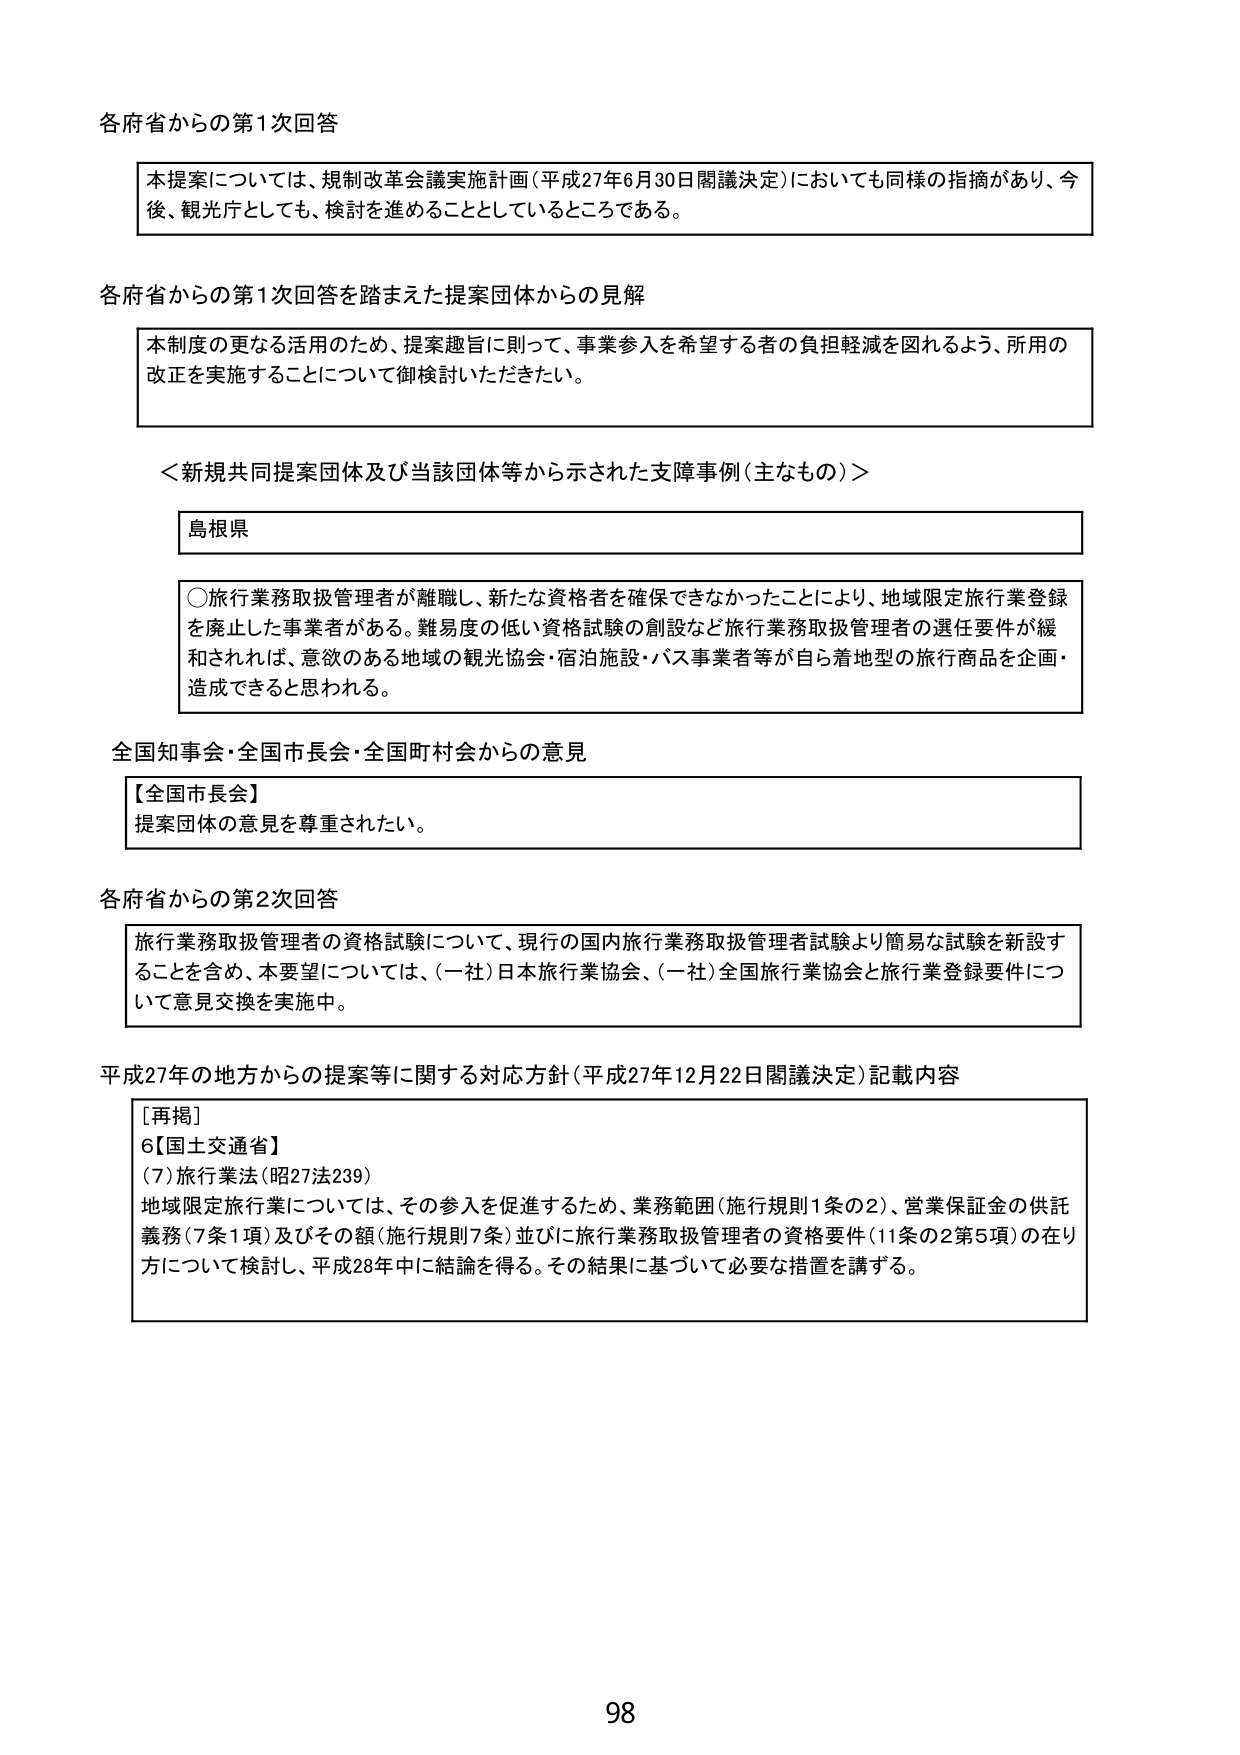
各府省からの第1次回答

本提案については、規制改革会議実施計画（平成27年6月30日閣議決定）においても同様の指摘があり、今後、観光庁としても、検討を進めることとしているところである。

各府省からの第1次回答を踏まえた提案団体からの見解

本制度の更なる活用のため、提案趣旨に則って、事業参入を希望する者の負担軽減を図れるよう、所用の改正を実施することについて御検討いただきたい。

＜新規共同提案団体及び当該団体等から示された支援事例（主なもの）＞

島根県

○旅行業務取扱管理者が離職し、新たな資格者を確保できなかったことにより、地域限定旅行業登録を廃止した事業者がある。難易度の低い資格試験の創設など旅行業務取扱管理者の選任要件が緩和されれば、意欲のある地域の観光協会・宿泊施設・バス事業者等が自ら着地型の旅行商品を企画・造成できると思われる。

全国知事会・全国市長会・全国町村会からの意見

【全国市長会】
提案団体の意見を尊重されたい。

各府省からの第2次回答

旅行業務取扱管理者の資格試験について、現行の国内旅行業務取扱管理者試験より簡易な試験を新設することを含め、本要望については、（一社）日本旅行業協会、（一社）全国旅行業協会と旅行業登録要件について意見交換を実施中。

平成27年の地方からの提案等に関する対応方針（平成27年12月22日閣議決定）記載内容

［再掲］
6【国土交通省】
（7）旅行業法（昭27法239）
地域限定旅行業については、その参入を促進するため、業務範囲（施行規則1条の2）、営業保証金の供託義務（7条1項）及びその額（施行規則7条）並びに旅行業務取扱管理者の資格要件（11条の2第5項）の在り方について検討し、平成28年中に結論を得る。その結果に基づいて必要な措置を講ずる。

98